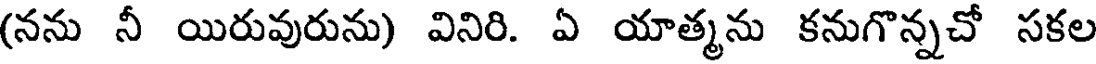
(నను నీ యిరువురును) వినిరి. ఏ యాత్మను కనుగొన్నచో సకల